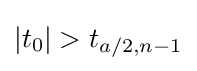
\left\vert t_{0}\right\vert >t_{a/2,n-1}